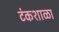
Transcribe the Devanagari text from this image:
टंकशाळा